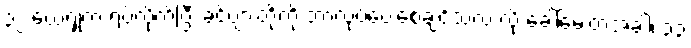
၃၂ ယေရှုက ရပ်လိုက်ပြီး ခင်ဗျားတို့ကို ဘာလုပ်ပေးစေချင်သလဲ လို့ ခေါ်မေးတဲ့အခါ၊ ၃၃